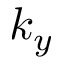
k _ { y }